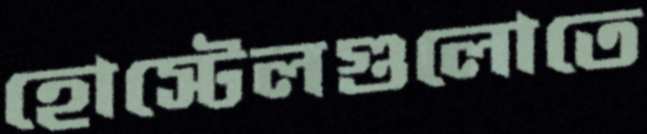
হোস্টেলগুলোতে